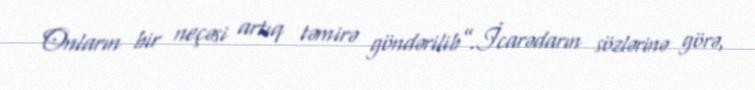
Onların bir neçəsi artıq təmirə göndərilib”.İcarədarın sözlərinə görə,